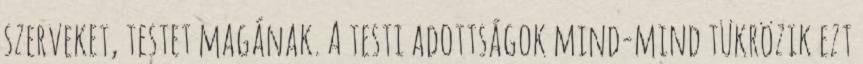
szerveket, testet magának. A testi adottságok mind-mind tükrözik ezt